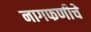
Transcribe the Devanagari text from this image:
नागफणीचे